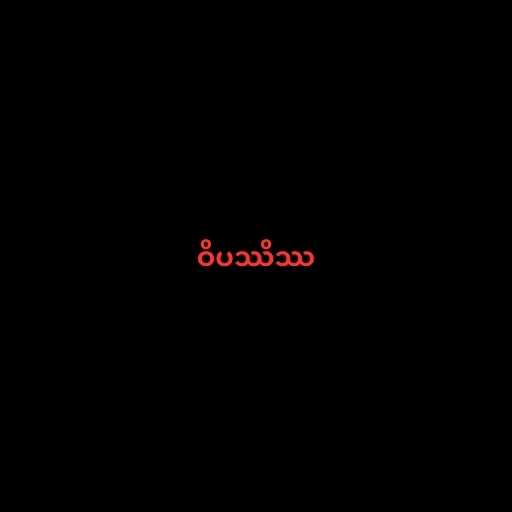
ဝိပဿိဿ